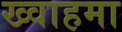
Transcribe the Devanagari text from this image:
ख्वाहमा